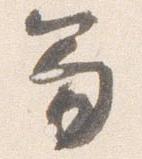
笏